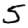
Digit: 5